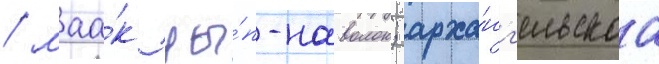
/ маа́к цы́п-наволок; арха́нг'ельскаа